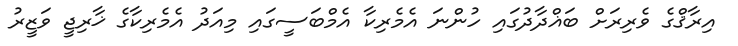
އިރާޤްގެ ވެރިރަށް ބަޣްދާދުގައި ހުންނަ އެމެރިކާ އެމްބަސީގައި މިއަދު އެެމެރިކާގެ ޚާރިޖީ ވަޒީރު